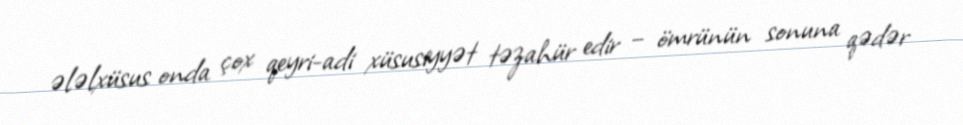
ələlxüsus onda çox qeyri-adi xüsusiyyət təzahür edir – ömrünün sonuna qədər